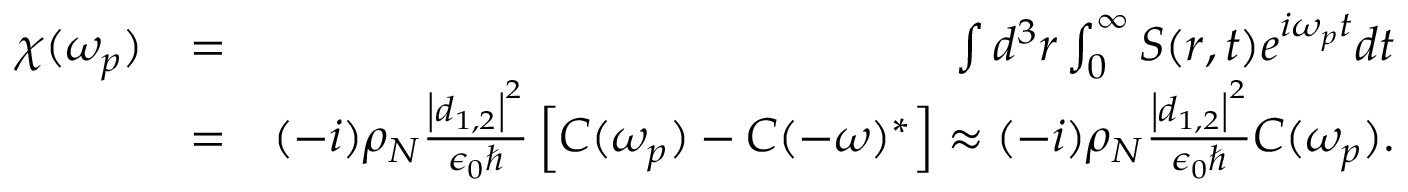
\begin{array} { r l r } { \chi ( \omega _ { p } ) } & { = } & { \int d ^ { 3 } \boldsymbol r \int _ { 0 } ^ { \infty } S ( r , t ) e ^ { i \omega _ { p } t } d t } \\ & { = } & { ( - i ) \rho _ { N } \frac { \left| \boldsymbol d _ { 1 , 2 } \right| ^ { 2 } } { \epsilon _ { 0 } \hbar } \left[ C ( \omega _ { p } ) - C ( - \omega ) ^ { * } \right] \approx ( - i ) \rho _ { N } \frac { \left| \boldsymbol d _ { 1 , 2 } \right| ^ { 2 } } { \epsilon _ { 0 } \hbar } C ( \omega _ { p } ) . } \end{array}